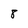
Character: 8